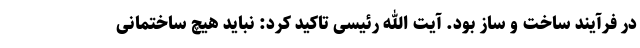
در فرآیند ساخت و ساز بود. آیت الله رئیسی تاکید کرد: نباید هیچ ساختمانی